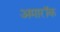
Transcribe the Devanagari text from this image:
अमारॉक